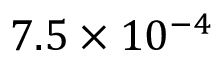
7 . 5 \times 1 0 ^ { - 4 }